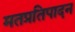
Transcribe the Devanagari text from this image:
मतप्रतिपादन